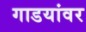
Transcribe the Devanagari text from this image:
गाडयांवर